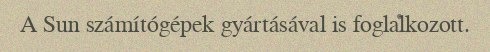
A Sun számítógépek gyártásával is foglalkozott.